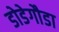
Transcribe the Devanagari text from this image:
डोडेगौडा